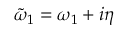
\Tilde { \omega } _ { 1 } = \omega _ { 1 } + i \eta